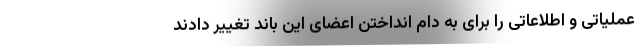
عملیاتی و اطلاعاتی را برای به دام انداختن اعضای این باند تغییر دادند